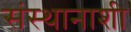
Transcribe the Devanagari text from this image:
संस्थानाशी